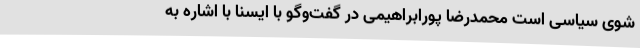
شوی سیاسی است محمدرضا پورابراهیمی در گفت‌وگو با ایسنا با اشاره به